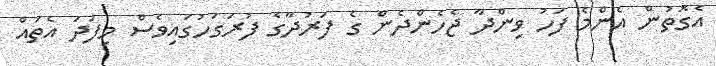
އެގޮތުން އެންމެ ފަހު ވިންދާ ޖެހެންދެން ގެ ފަރުދާގެ ފުރަގަހުގައިވެސް މިފަދަ އެތައް